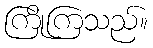
ကြိုကြသည်။